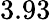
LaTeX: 3.93